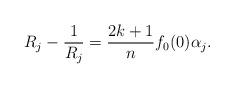
LaTeX: \begin{align*} R_j - \frac{1}{R_j} = \frac{2k+1}{n}f_0(0) \alpha_j.\end{align*}